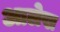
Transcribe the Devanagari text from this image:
अालेख